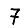
Digit: 7